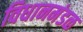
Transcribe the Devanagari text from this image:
विधानमंडळ